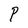
Character: P